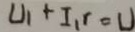
U _ { 1 } + I _ { 1 } r = U